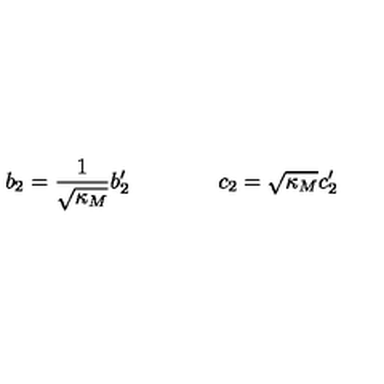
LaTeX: b _ { 2 } = \frac { 1 } { \sqrt { \kappa _ { M } } } b _ { 2 } ^ { \prime } \qquad \qquad c _ { 2 } = \sqrt { \kappa _ { M } } c _ { 2 } ^ { \prime }